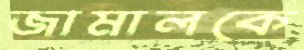
জামালকে